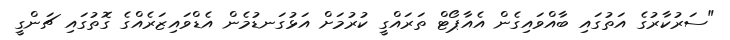
"ސަރުކާރުގެ އަތުގައި ބާއްވައިގެން އެއާޕޯޓް ތަރައްގީ ކުރުމަށް އަޅުގަނޑުމެން އެޑްވައިޒަރެއްގެ ގޮތުގައި ޗަންގީ